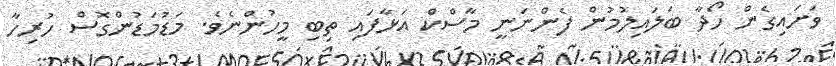
ވަށައިގެން ހޯދާ ބަލައިލުމުން ފެންނަނީ މާސްކް އަޅާފައި ތިބި މީހުންނެވެ. މަޑުމަޑުންގޮސް ހުރިހާ